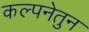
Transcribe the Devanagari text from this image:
कल्पनेतुन